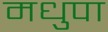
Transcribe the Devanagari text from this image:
मधुपा